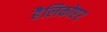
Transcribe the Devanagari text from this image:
हैलिकोप्टर